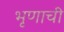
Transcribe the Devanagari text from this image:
भृणाची